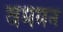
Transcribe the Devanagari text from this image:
वममन